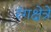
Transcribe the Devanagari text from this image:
रंगक्षेत्रे